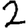
Digit: 2